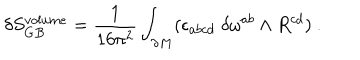
LaTeX: \delta S _ { G B } ^ { v o l u m e } = { \frac { 1 } { 1 6 \pi ^ { 2 } } } \int _ { \partial M } ( \epsilon _ { a b c d } \; \delta \omega ^ { a b } \wedge R ^ { c d } ) \ .